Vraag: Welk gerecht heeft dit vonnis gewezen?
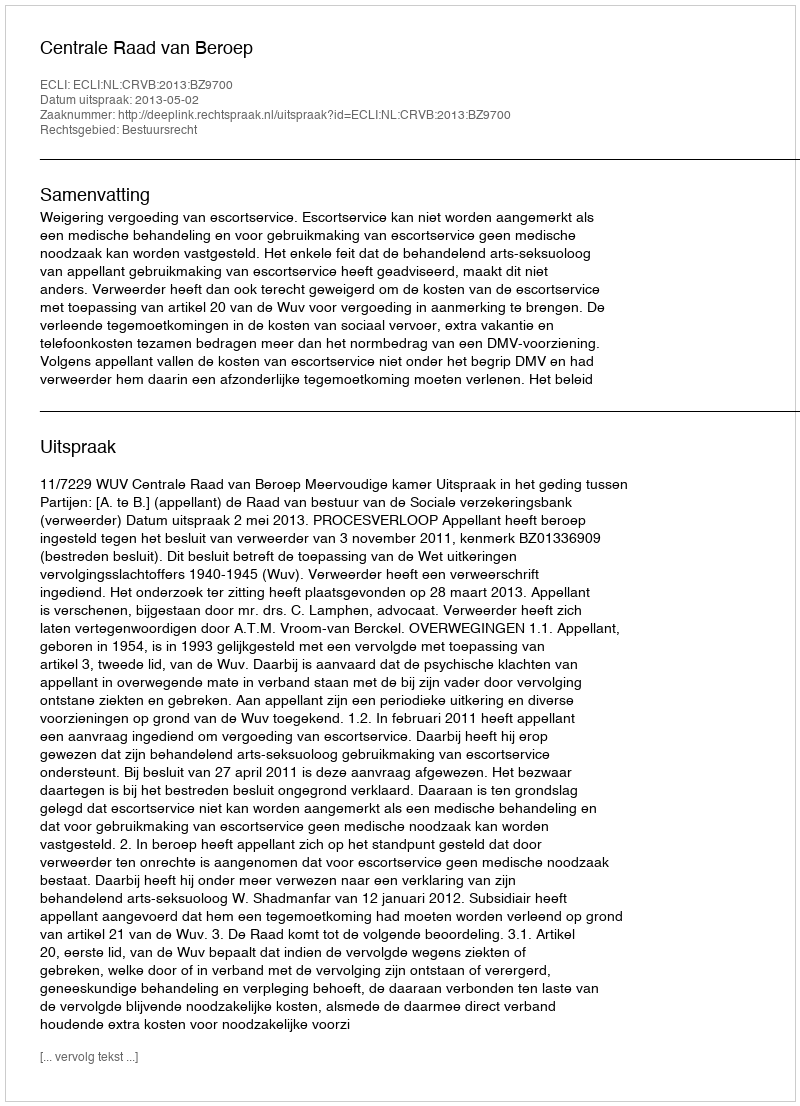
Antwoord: Centrale Raad van Beroep